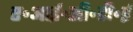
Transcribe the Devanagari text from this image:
ए॰आई॰सी॰टी॰ई